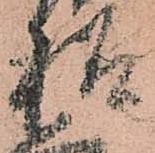
様